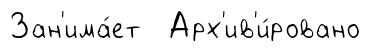
Зан'има́ет Арх'ив'и́ровано